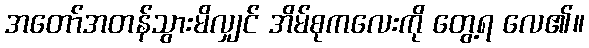
အတော်အတန်သွားမိလျှင် အိမ်စုကလေးကို တွေ့ရ လေ၏။